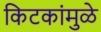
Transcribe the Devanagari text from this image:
किटकांमुळे